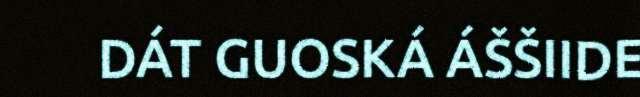
DÁT GUOSKÁ ÁŠŠIIDE